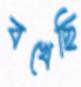
বখেছি